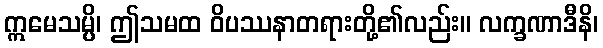
ဣမေသမ္ပိ၊ ဤသမထ ဝိပဿနာတရားတို့၏လည်း။ လက္ခဏာဒီနိ၊